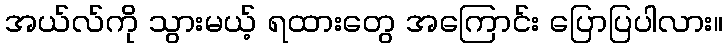
အယ်လ်ကို သွားမယ့် ရထားတွေ အကြောင်း ပြောပြပါလား။